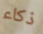
ذكاء